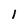
Character: 1